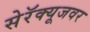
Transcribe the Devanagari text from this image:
सेरॅक्यूजवर